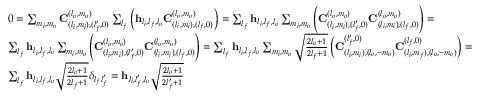
\begin{array} { r l } & { 0 = \sum _ { m _ { i } , m _ { o } } \mathbf { C } _ { ( l _ { i } , m _ { i } ) , ( l _ { f } ^ { \prime } , 0 ) } ^ { ( l _ { o } , m _ { o } ) } \sum _ { l _ { f } } \left( \mathbf { h } _ { l _ { i } , l _ { f } , l _ { o } } \mathbf { C } _ { ( l _ { i } , m _ { i } ) , ( l _ { f } , 0 ) } ^ { ( l _ { o } , m _ { o } ) } \right) = \sum _ { l _ { f } } \mathbf { h } _ { l _ { i } , l _ { f } , l _ { o } } \sum _ { m _ { i } , m _ { o } } \left( \mathbf { C } _ { ( l _ { i } , m _ { i } ) , ( l _ { f } ^ { \prime } , 0 ) } ^ { ( l _ { o } , m _ { o } ) } \mathbf { C } _ { ( l _ { i } , m _ { i } ) , ( l _ { f } , 0 ) } ^ { ( l _ { o } , m _ { o } ) } \right) = } \\ & { \sum _ { l _ { f } } \mathbf { h } _ { l _ { i } , l _ { f } , l _ { o } } \sum _ { m _ { i } , m _ { o } } \left( \mathbf { C } _ { ( l _ { i } , m _ { i } ) , ( l _ { f } ^ { \prime } , 0 ) } ^ { ( l _ { o } , m _ { o } ) } \mathbf { C } _ { ( l _ { i } , m _ { i } ) , ( l _ { f } , 0 ) } ^ { ( l _ { o } , m _ { o } ) } \right) = \sum _ { l _ { f } } \mathbf { h } _ { l _ { i } , l _ { f } , l _ { o } } \sum _ { m _ { i } , m _ { o } } \sqrt { \frac { 2 l _ { o } + 1 } { 2 l _ { f } + 1 } } \left( \mathbf { C } _ { ( l _ { i } , m _ { i } ) , ( l _ { o } , - m _ { o } ) } ^ { ( l _ { f } ^ { \prime } , 0 ) } \mathbf { C } _ { ( l _ { i } , m _ { f } ) , ( l _ { o } , - m _ { o } ) } ^ { ( l _ { f } , 0 ) } \right) = } \\ & { \sum _ { l _ { f } } \mathbf { h } _ { l _ { i } , l _ { f } , l _ { o } } \sqrt { \frac { 2 l _ { o } + 1 } { 2 l _ { f } + 1 } } \delta _ { l _ { f } l _ { f } ^ { \prime } } = \mathbf { h } _ { l _ { i } , l _ { f } ^ { \prime } , l _ { o } } \sqrt { \frac { 2 l _ { o } + 1 } { 2 l _ { f } ^ { \prime } + 1 } } } \end{array}